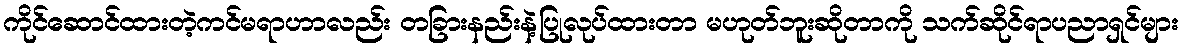
ကိုင်ဆောင်ထားတဲ့ကင်မရာဟာလည်း တခြားနည်းနဲ့ပြုလုပ်ထားတာ မဟုတ်ဘူးဆိုတာကို သက်ဆိုင်ရာပညာရှင်များ